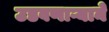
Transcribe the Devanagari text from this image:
उडवणाऱ्याने